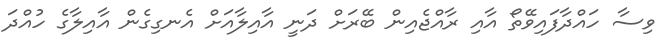
ވިސާ ހައްދާފައިވޭތޯ އާއި ރާއްޖެއިން ބޭރަށް ދަނީ އާއިލާއަށް އެނގިގެން އާއިލާގެ ހުއްދަ